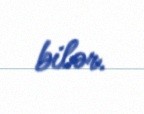
bilər.